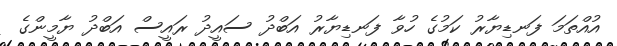
އުއްތަމަ ފަނޑިޔާރު ކަމުގެ ހުވާ ފަނޑިޔާރު އަބްދު ސައީދު ރައީސް އަބްދު ޔާމީންގެ